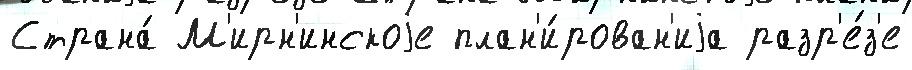
Страна́ М'ирн'инскоjе план'и́рован'иjа разр'е́з'е